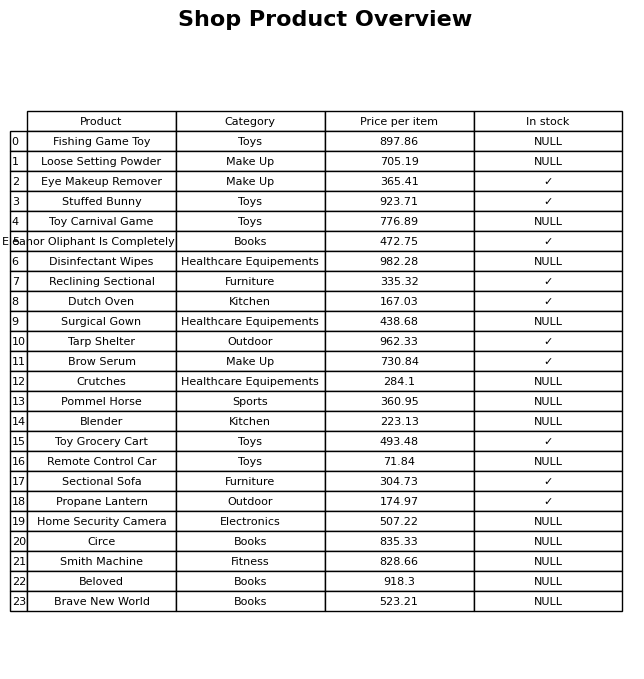
question: What is the price for Loose Setting Powder?
answer: The price of Loose Setting Powder is 705.19.